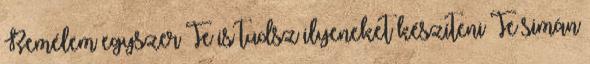
Remélem egyszer Te is tudsz ilyeneket készíteni Te simán